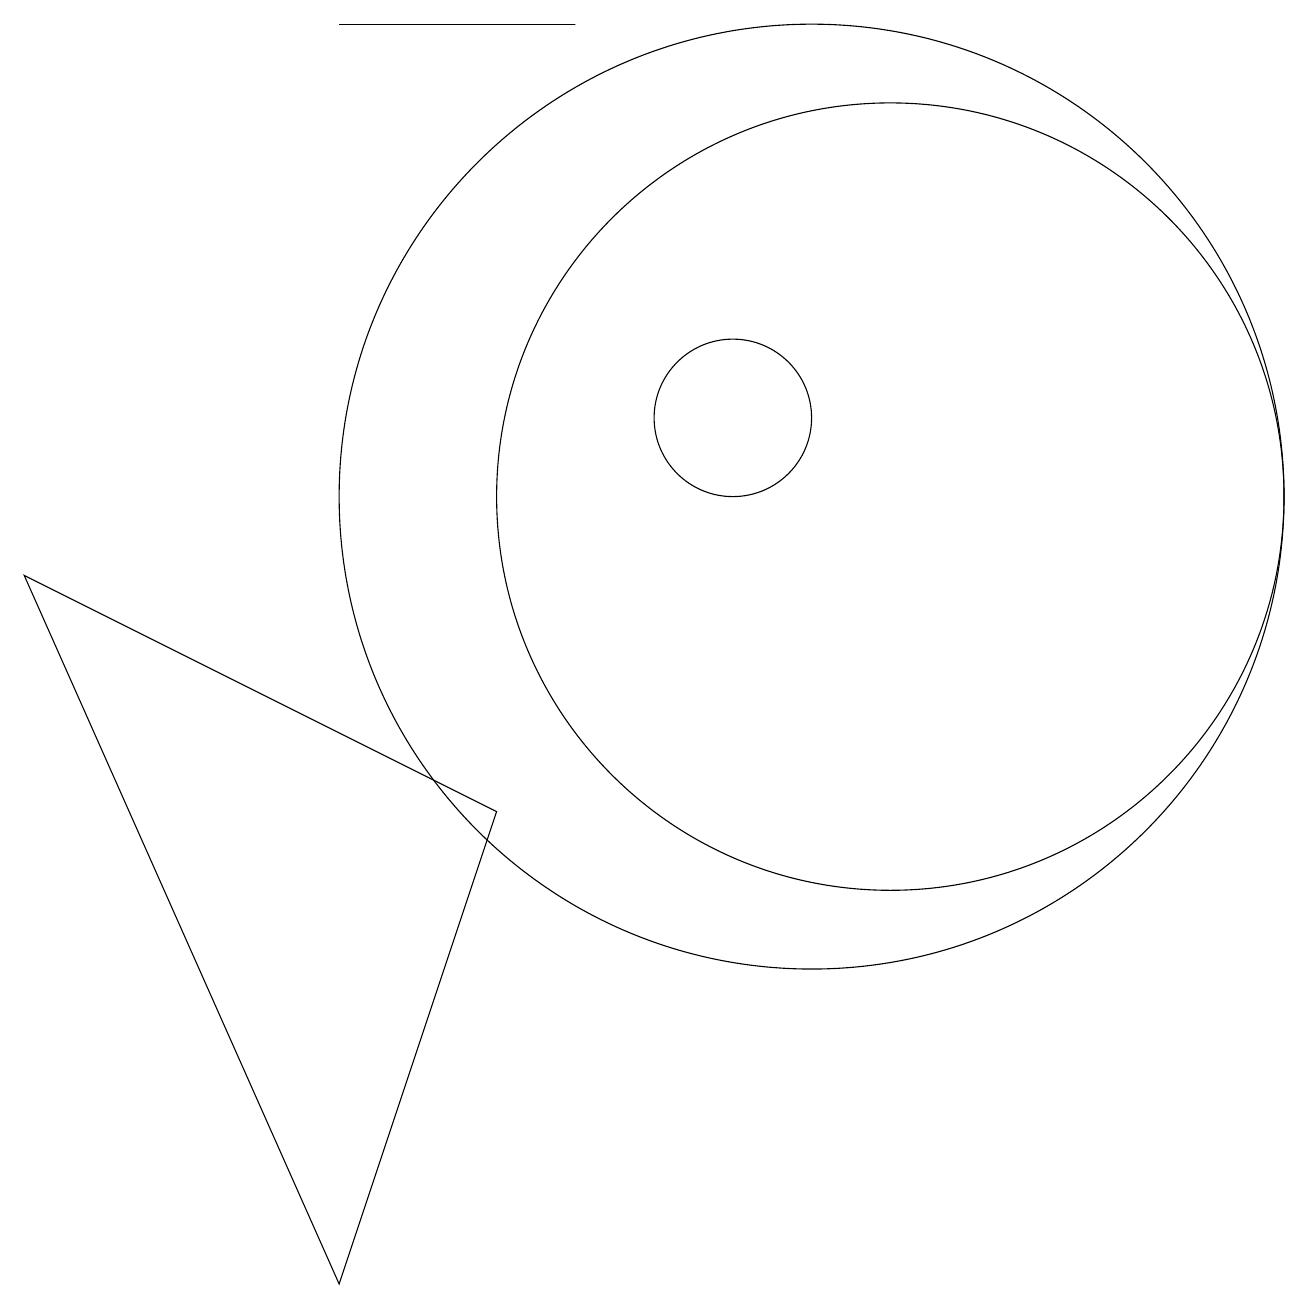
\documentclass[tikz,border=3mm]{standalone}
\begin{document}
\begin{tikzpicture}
\draw (5,16) rectangle (8,16);
\draw (1,9) -- (7,6) -- (5,0) -- cycle;
\draw (10,11) circle (1);
\draw (12,10) circle (5);
\draw (11,10) circle (6);
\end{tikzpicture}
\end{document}